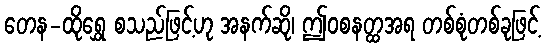
တေန-ထိုရွှေ စသည်ဖြင့်ဟု အနက်ဆို၊ ဤဝစနတ္ထအရ တစ်စုံတစ်ခုဖြင့်